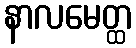
နာလမေတ္ထ